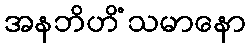
အနဘိဟိံသမာနော